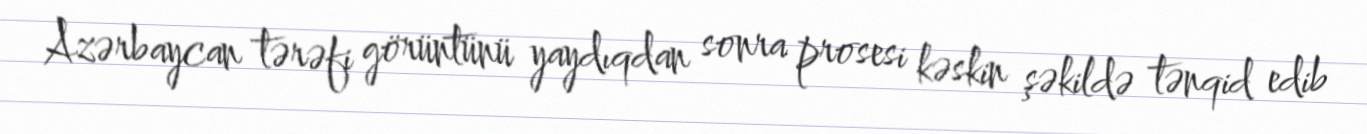
Azərbaycan tərəfi görüntünü yaydıqdan sonra prosesi kəskin şəkildə tənqid edib